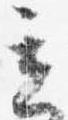
立